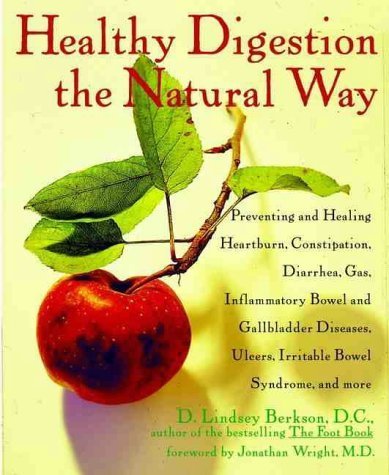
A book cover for Healthy Digestion the Natural Way: Preventing and Healing Heartburn, Constipation, Gas, Diarrhea, Inflammatory Bowel and Gallbladder Diseases, Ulcers, ... Ulcers, Irritable Bowel Syndrome and More by Berkson, D. Lindsey (2000) Paperback; Health, Fitness & Dieting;